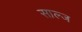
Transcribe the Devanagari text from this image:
साल्ज